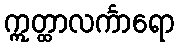
ဣတ္ထာလင်္ကာရော